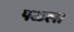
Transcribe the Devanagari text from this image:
पळला